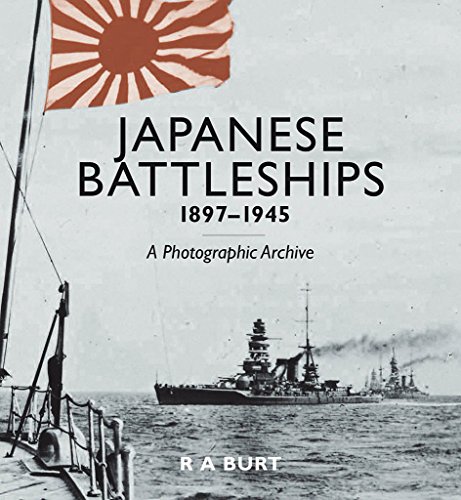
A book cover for Japanese Battleships, 1897-1945: A Photographic Archive; R. A. Burt; Arts & Photography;